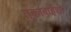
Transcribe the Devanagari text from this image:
तुकाबाईंशी